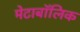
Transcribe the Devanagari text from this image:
मेटाबॉलिक